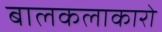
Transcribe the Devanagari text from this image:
बालकलाकारो